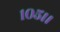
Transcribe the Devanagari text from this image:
१०५।।